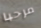
مرحبا